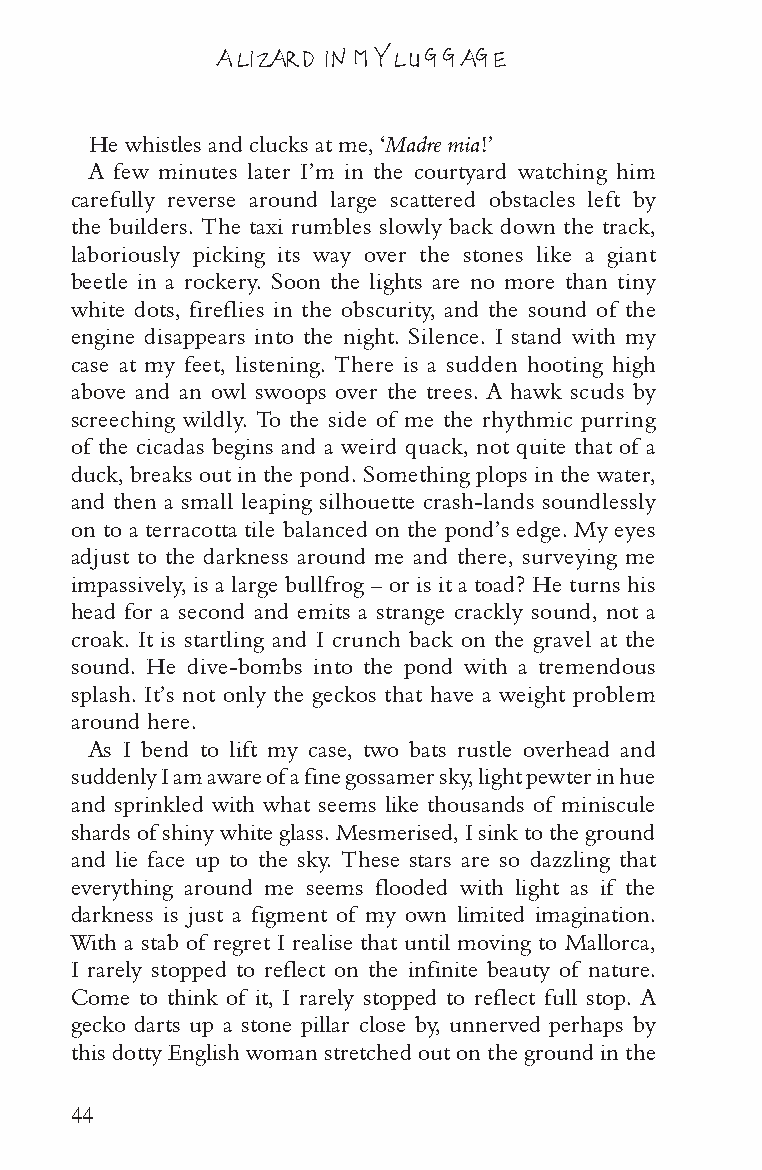
A LIZARD IN MY LUGGAGE
 He whistles and clucks at me, ‘Madre mia!’
 A few minutes later I’m in the courtyard watching him
 carefully reverse around large scattered obstacles left by
 the builders. The taxi rumbles slowly back down the track,
 laboriously picking its way over the stones like a giant
 beetle in a rockery. Soon the lights are no more than tiny
 white dots, fireflies in the obscurity, and the sound of the
 engine disappears into the night. Silence. I stand with my
 case at my feet, listening. There is a sudden hooting high
 above and an owl swoops over the trees. A hawk scuds by
 screeching wildly. To the side of me the rhythmic purring
 of the cicadas begins and a weird quack, not quite that of a
 duck, breaks out in the pond. Something plops in the water,
 and then a small leaping silhouette crash-lands soundlessly
 on to a terracotta tile balanced on the pond’s edge. My eyes
 adjust to the darkness around me and there, surveying me
 impassively, is a large bullfrog – or is it a toad? He turns his
 head for a second and emits a strange crackly sound, not a
 croak. It is startling and I crunch back on the gravel at the
 sound. He dive-bombs into the pond with a tremendous
 splash. It’s not only the geckos that have a weight problem
 around here.
 As I bend to lift my case, two bats rustle overhead and
 suddenly I am aware of a fine gossamer sky, light pewter in hue
 and sprinkled with what seems like thousands of miniscule
 shards of shiny white glass. Mesmerised, I sink to the ground
 and lie face up to the sky. These stars are so dazzling that
 everything around me seems flooded with light as if the
 darkness is just a figment of my own limited imagination.
 With a stab of regret I realise that until moving to Mallorca,
 I rarely stopped to reflect on the infinite beauty of nature.
 Come to think of it, I rarely stopped to reflect full stop. A
 gecko darts up a stone pillar close by, unnerved perhaps by
 this dotty English woman stretched out on the ground in the
 44